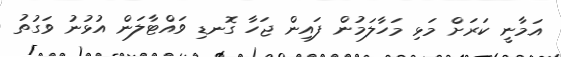
އަމާނީ ކަރަށް މަޅި މަހާލަމުން ފައިން ޖަހާ ގޮނޑި ވައްޓާލަން އުޅުނު ވަގުތު